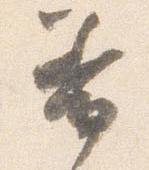
着